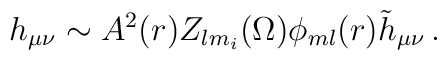
h_{\mu\nu} \sim A^2(r) Z_{lm_i} (\Omega) \phi_{ml}(r) {\tilde h}_{\mu\nu}\, .